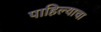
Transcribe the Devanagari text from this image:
पाहिल्याचा